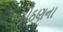
ગોઠણના